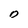
Character: D